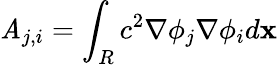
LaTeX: \mathit{A}_{j,i}=\int_{R}c^{2}\nabla\phi_{j}\nabla\phi_{i}d\mathbf{x}